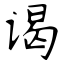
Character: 谒